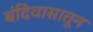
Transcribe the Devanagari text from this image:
बंदिवासातून